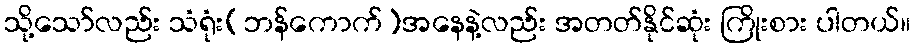
သို့သော်လည်း သံရုံး(ဘန်ကောက်)အနေနဲ့လည်း အတတ်နိုင်ဆုံး ကြိုးစား ပါတယ်။